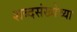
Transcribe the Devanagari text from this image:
शब्दसंख्येच्या